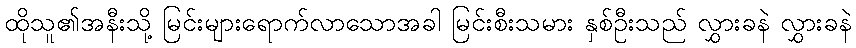
ထိုသူ၏အနီးသို့ မြင်းများရောက်လာသောအခါ မြင်းစီးသမား နှစ်ဦးသည် လွှားခနဲ လွှားခနဲ